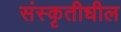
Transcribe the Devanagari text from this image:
संस्कृतीधील